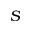
S